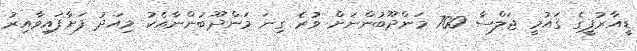
ޑީއާރުޕީގެ ޤައުމީ ޖަލްސާ 700 މަންދޫބުންނަށް ވުރެ ގިނަ މަންދޫބުންނާއެކު މިއަދު ފަށާފައިވާއިރު